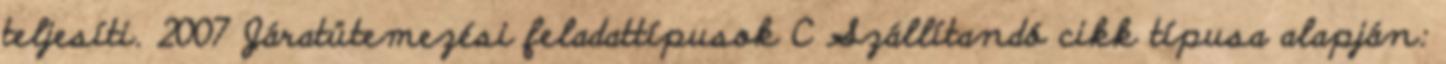
teljesíti. 2007 Járatütemezési feladattípusok C Szállítandó cikk típusa alapján: